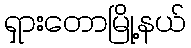
ရှားတောမြို့နယ်